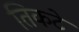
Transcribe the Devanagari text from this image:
तिकटे